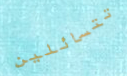
تتسائلين